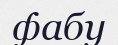
фабу